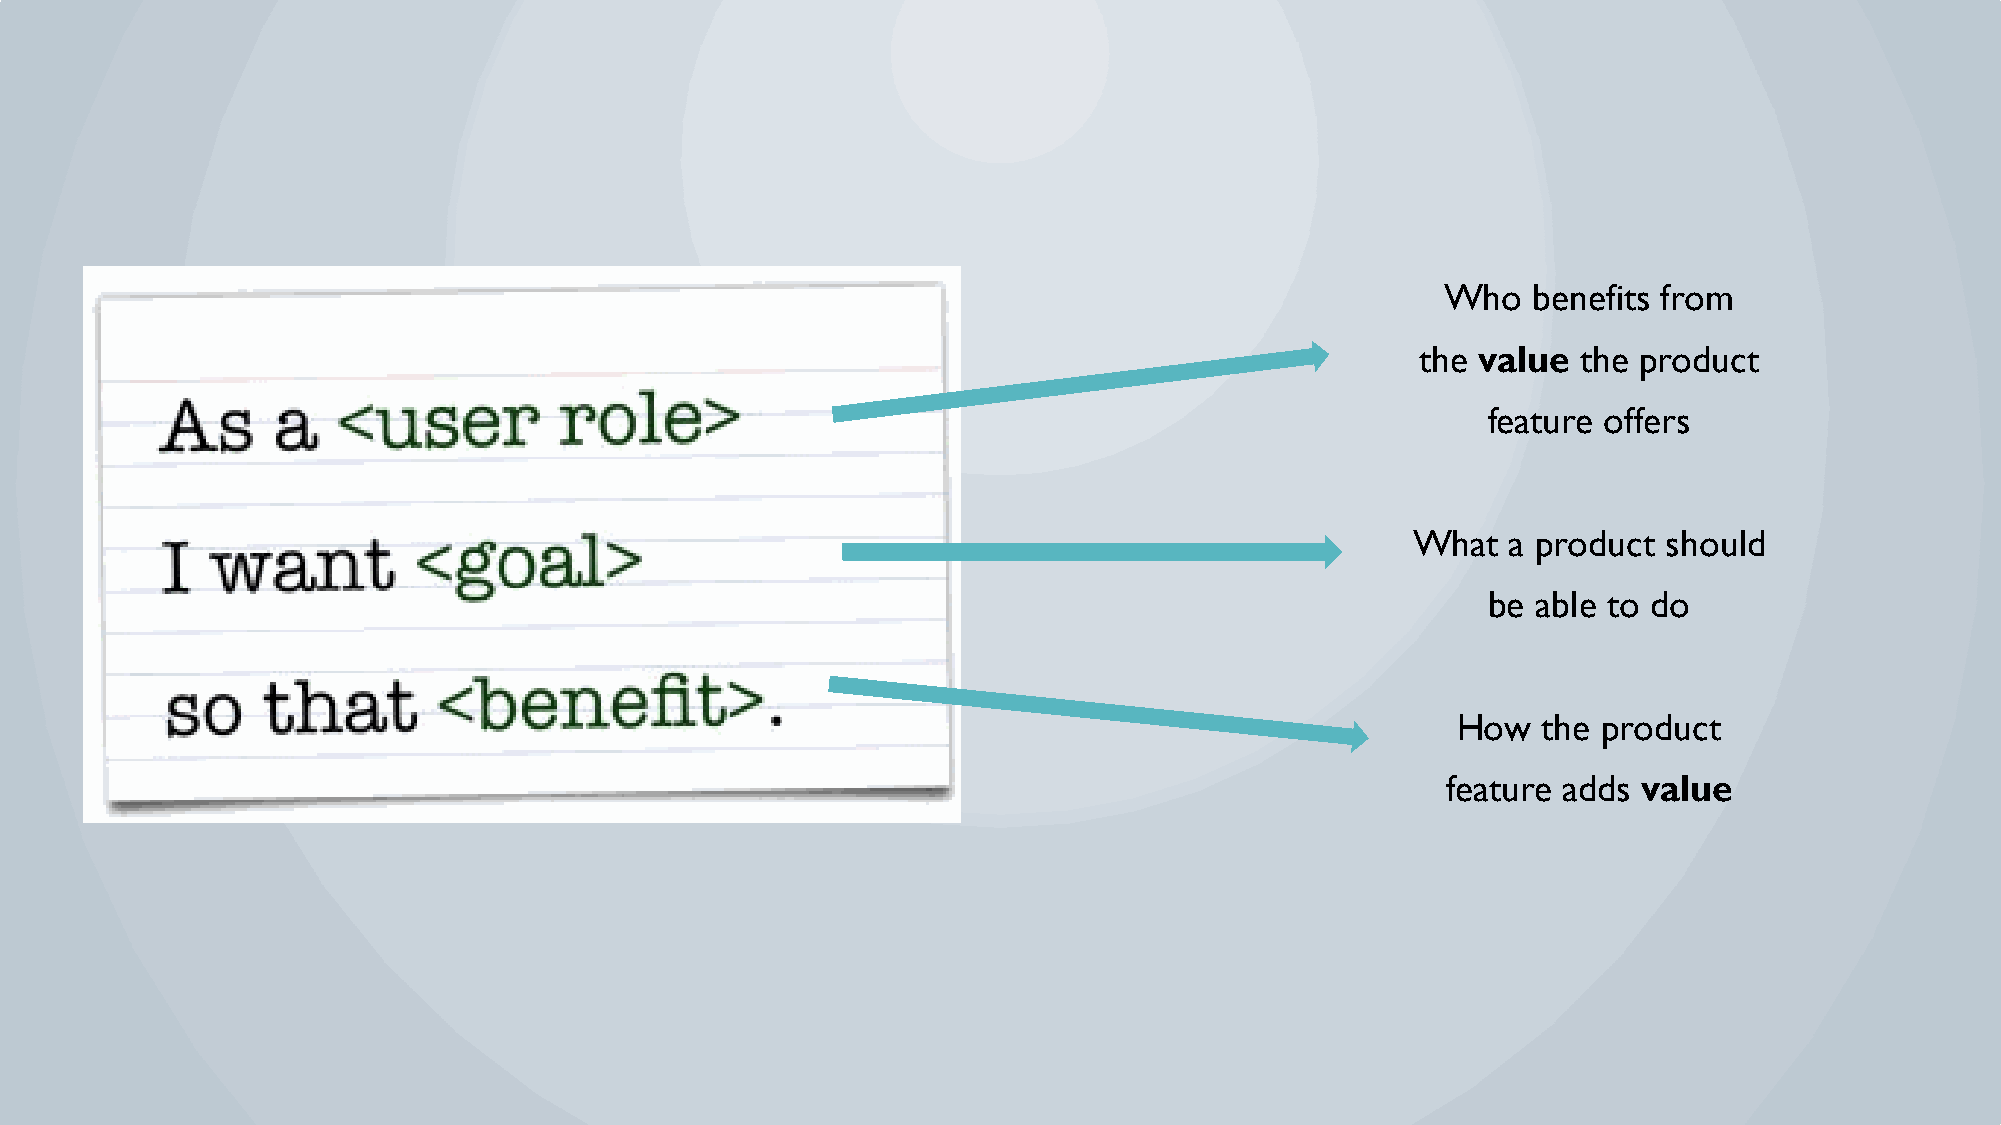
Who  benefits from
 the value  the product
 feature offers
 What   a product should
 be  able to do
 How   the product
 feature adds value